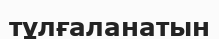
тұлғаланатын